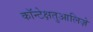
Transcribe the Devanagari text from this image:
कॉन्टेक्षतुआलिज़े